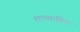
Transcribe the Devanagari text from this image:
शात्यायिन